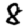
Digit: 8